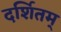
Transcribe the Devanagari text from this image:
दर्शितम्